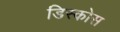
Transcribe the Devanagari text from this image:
डिस्कोस